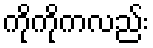
ကိုကိုကလည်း